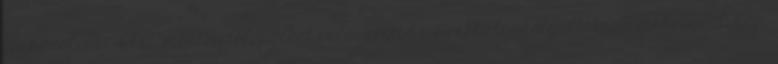
legközelebbi IPA- mentes települést választotta a székhelyszolgáltatás színhelyéül, nem